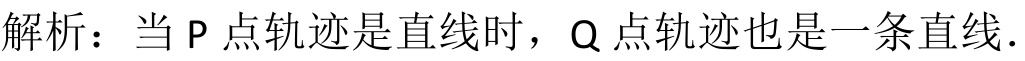
解析：当 P 点轨迹是直线时，Q 点轨迹也是一条直线．